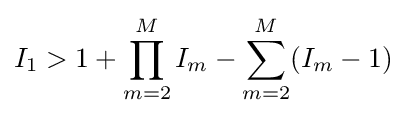
I_{1}>1+\prod _{m=2}^{M}I_{m}-\sum _{m=2}^{M}(I_{m}-1)